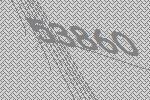
53860